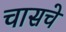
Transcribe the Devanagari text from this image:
चासचे